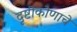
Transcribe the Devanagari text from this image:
दृष्टीकोणाचे